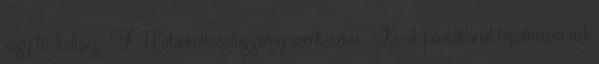
vagy fix költség, F. Határköltségfüggvény szerkesztés Kicsit pontatlanul fogalmazva azt